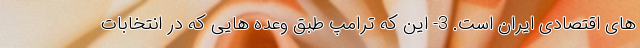
های اقتصادی ایران است. 3- این که ترامپ طبق وعده هایی که در انتخابات